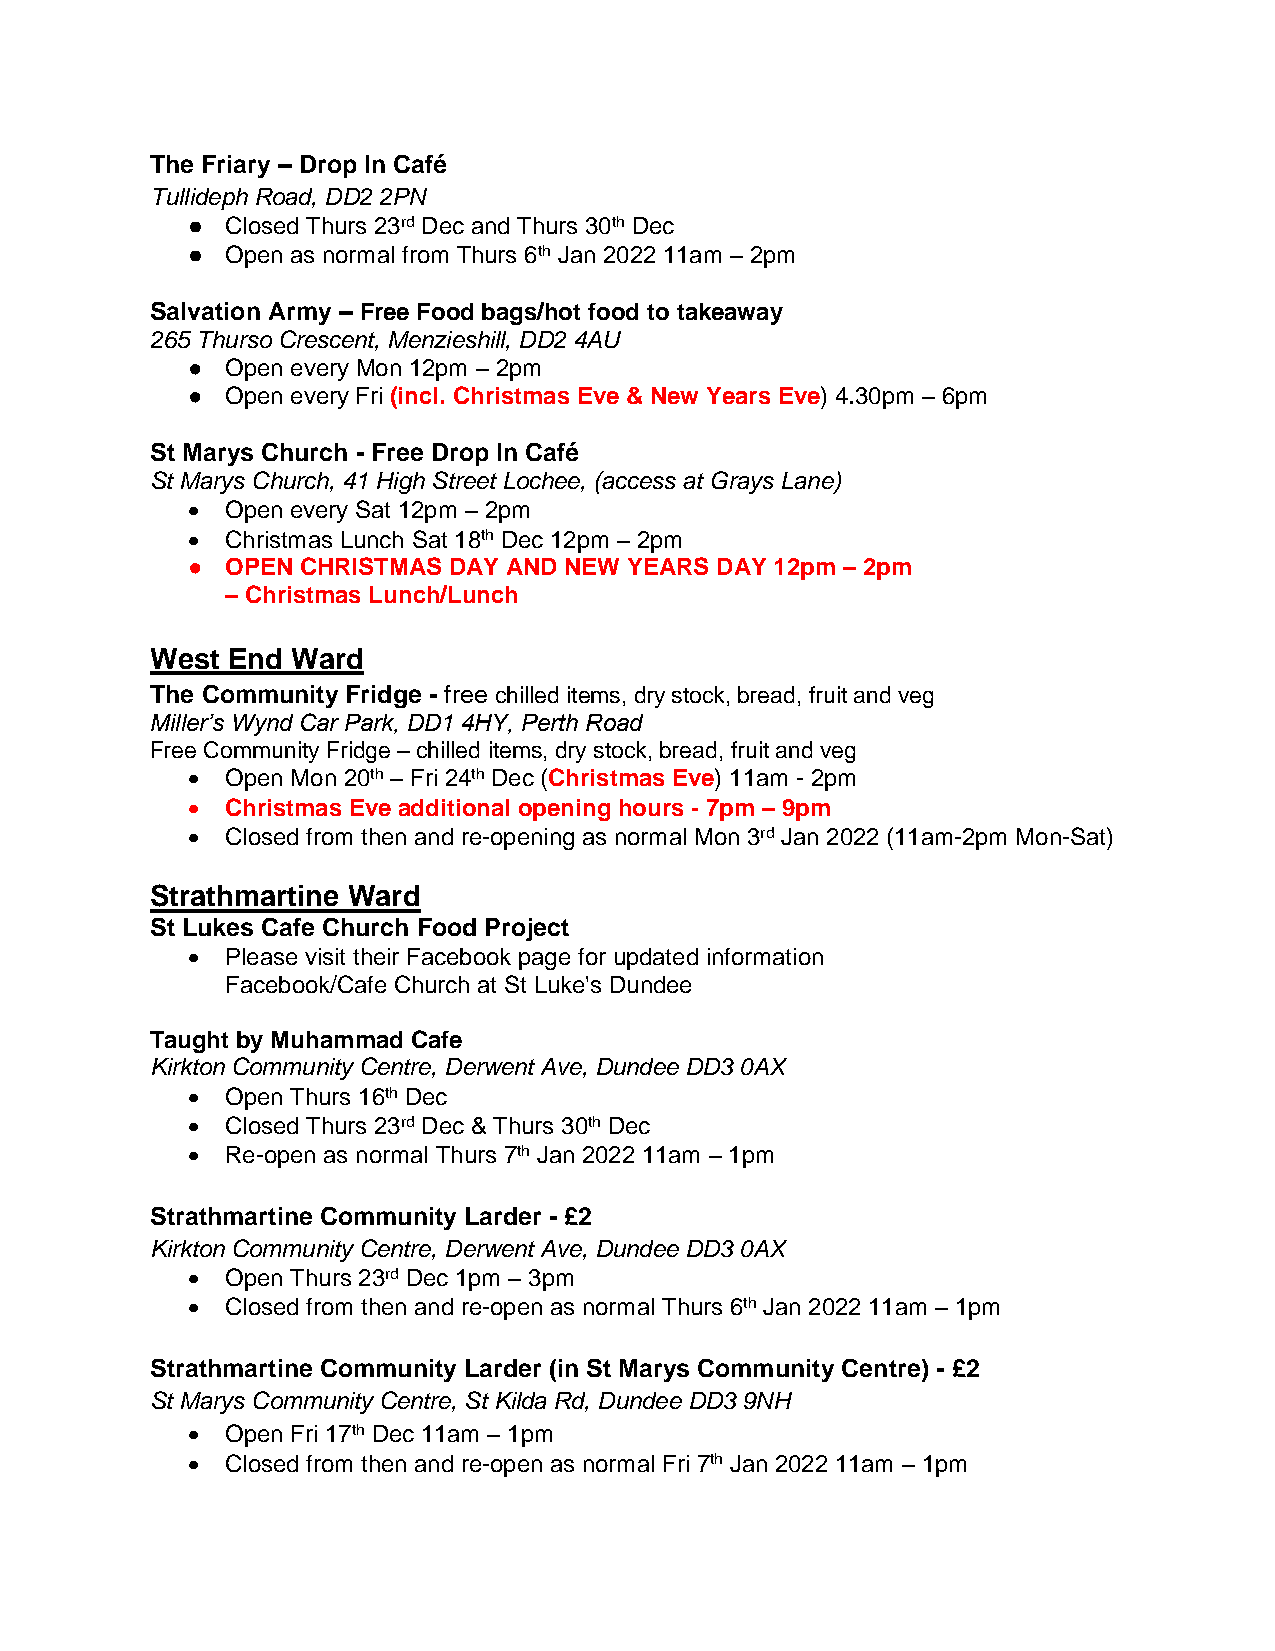
The Friary – Drop In Café
 Tullideph Road, DD2 2PN
 ●  Closed Thurs 23rd Dec and Thurs 30th Dec
 ●  Open as normal from Thurs 6th Jan 2022 11am – 2pm
 Salvation Army – Free Food bags/hot food to takeaway
 265 Thurso Crescent, Menzieshill, DD2 4AU
 ●  Open every Mon 12pm – 2pm
 ●  Open every Fri (incl. Christmas Eve & New Years Eve) 4.30pm – 6pm
 St Marys Church - Free Drop In Café
 St Marys Church, 41 High Street Lochee, (access at Grays Lane)
   Open every Sat 12pm – 2pm
   Christmas Lunch Sat 18th Dec 12pm – 2pm
 ●  OPEN CHRISTMAS DAY AND NEW YEARS DAY 12pm – 2pm
 – Christmas Lunch/Lunch
 West End Ward
 The Community Fridge - free chilled items, dry stock, bread, fruit and veg
 Miller’s Wynd Car Park, DD1 4HY, Perth Road
 Free Community Fridge – chilled items, dry stock, bread, fruit and veg
   Open Mon 20th – Fri 24th Dec (Christmas Eve) 11am - 2pm
   Christmas Eve additional opening hours - 7pm – 9pm
   Closed from then and re-opening as normal Mon 3rd Jan 2022 (11am-2pm Mon-Sat)
 Strathmartine Ward
 St Lukes Cafe Church Food Project
   Please visit their Facebook page for updated information
 Facebook/Cafe Church at St Luke's Dundee
 Taught by Muhammad Cafe
 Kirkton Community Centre, Derwent Ave, Dundee DD3 0AX
   Open Thurs 16th Dec
   Closed Thurs 23rd Dec & Thurs 30th Dec
   Re-open as normal Thurs 7th Jan 2022 11am – 1pm
 Strathmartine Community Larder - £2
 Kirkton Community Centre, Derwent Ave, Dundee DD3 0AX
   Open Thurs 23rd Dec 1pm – 3pm
   Closed from then and re-open as normal Thurs 6th Jan 2022 11am – 1pm
 Strathmartine Community Larder (in St Marys Community Centre) - £2
 St Marys Community Centre, St Kilda Rd, Dundee DD3 9NH
   Open Fri 17th Dec 11am – 1pm
   Closed from then and re-open as normal Fri 7th Jan 2022 11am – 1pm